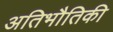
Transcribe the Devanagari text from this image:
अतिभौतिकी